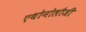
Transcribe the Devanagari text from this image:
एथोनोलौजी